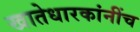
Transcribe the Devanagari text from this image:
खातेधारकांनींच